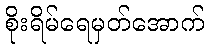
စိုးရိမ်ရေမှတ်အောက်